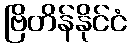
ဗြိတိန်နိုင်ငံ